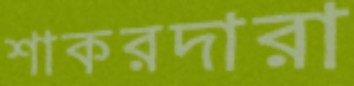
শাকরদারা